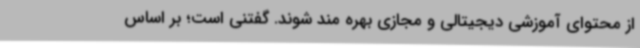
از محتوای آموزشی دیجیتالی و مجازی بهره مند شوند. گفتنی است؛ بر اساس